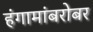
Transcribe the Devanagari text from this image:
हंगामांबरोबर